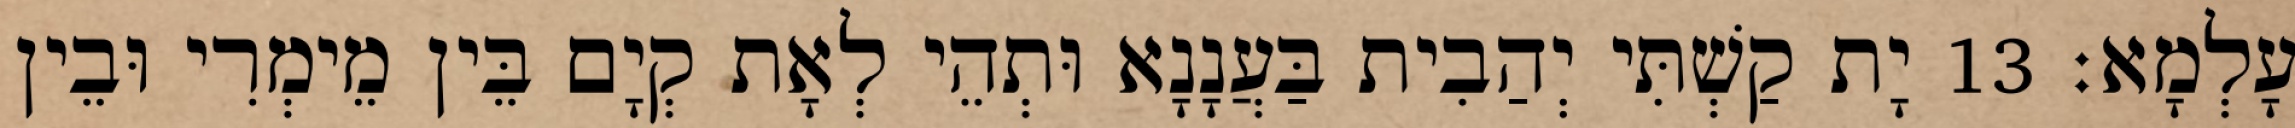
עָלְמָא׃ 13 יָת קַשְׁתִּי יְהַבִית בַּעֲנָנָא וּתְהֵי לְאָת קְיָם בֵּין מֵימְרִי וּבֵין